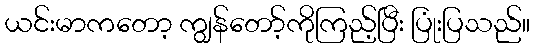
ယင်းမာကတော့ ကျွန်တော့်ကိုကြည့်ပြီး ပြုံးပြသည်။